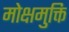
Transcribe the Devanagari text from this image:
मोक्षमुक्ति